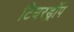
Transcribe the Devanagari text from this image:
टियरड्रॉप